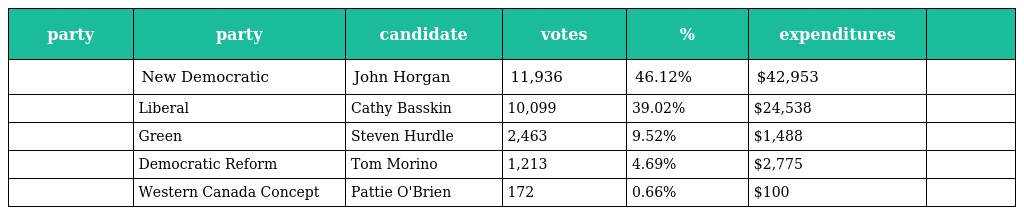
| party | party | candidate | votes | % | expenditures |  |
 | --- | --- | --- | --- | --- | --- | --- |
 |  | New Democratic | John Horgan | 11,936 | 46.12% | $42,953 |  |
 |  | Liberal | Cathy Basskin | 10,099 | 39.02% | $24,538 |  |
 |  | Green | Steven Hurdle | 2,463 | 9.52% | $1,488 |  |
 |  | Democratic Reform | Tom Morino | 1,213 | 4.69% | $2,775 |  |
 |  | Western Canada Concept | Pattie O'Brien | 172 | 0.66% | $100 |  |